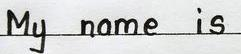
My name is